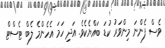
ވެސް ފެންނަ މިންވަރު ކުޑަ ބައްޔެކެވެ. އަދި ހަމަ އެހެންމެ ލެބް ޓެސްޓް